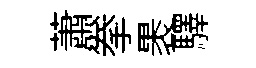
蕭拳褁驛